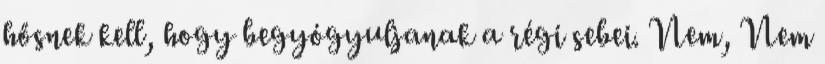
hősnek kell, hogy begyógyuljanak a régi sebei. Nem, Nem